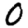
Digit: 0